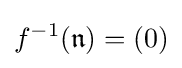
f^{-1}({\mathfrak {n}})=(0)